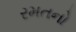
રમતનો